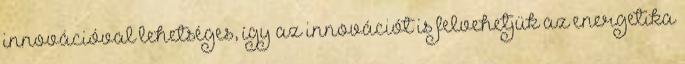
innovációval lehetséges, így az innovációt is felvehetjük az energetika